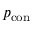
p _ { \mathrm { c o n } }